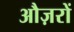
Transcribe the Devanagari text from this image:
औज़रों